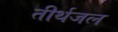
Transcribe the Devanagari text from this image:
तीर्थजल